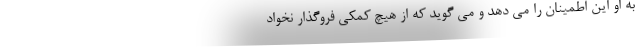
به او این اطمینان را می دهد و می گوید که از هیچ کمکی فروگذار نخواد